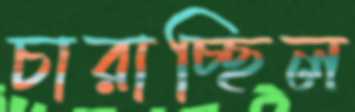
চারাচ্ছিল